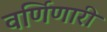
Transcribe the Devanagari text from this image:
वर्णिणारी